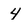
Character: 4